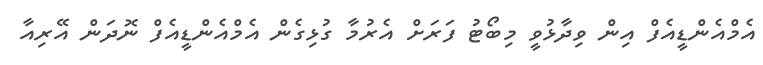
އެމްއެންޑީއެފް އިން ވިދާޅުވީ މިބޯޓު ފަރަށް އެރުމާ ގުޅިގެން އެމްއެންޑީއެފް ނޮދަން އޭރިއާ